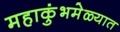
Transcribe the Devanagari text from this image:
महाकुंभमेळ्यात